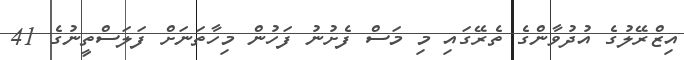
އިޒްރޭލުގެ އުދުވާންގެ ތެރޭގައި މި މަސް ފެށުނު ފަހުން މިހާތަނަށް ފަލަސްތީނުގެ 41